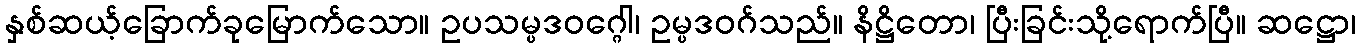
နှစ်ဆယ့်ခြောက်ခုမြောက်သော။ ဥပသမ္ပဒဝဂ္ဂေါ၊ ဥမ္ပဒဝဂ်သည်။ နိဋ္ဌိတော၊ ပြီးခြင်းသို့ရောက်ပြီ။ ဆဋ္ဌော၊